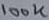
Text: 100K